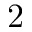
2